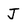
Character: J